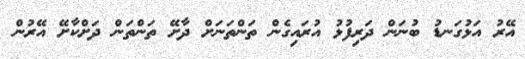
އޭރު އަޅުގަނޑު ބުނަން ދަރިފުޅު އުރައިގެން ތަންތަނަށް ދާށޭ ތަންތަން ދަށްކާށޭ އޭރުން